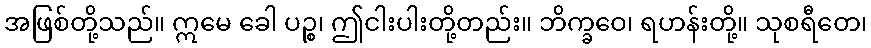
အဖြစ်တို့သည်။ ဣမေ ခေါ ပဉ္စ၊ ဤငါးပါးတို့တည်း။ ဘိက္ခဝေ၊ ရဟန်းတို့။ သုစရီတေ၊